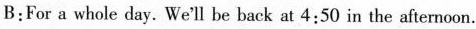
B:For a whole day. We'll be back at 4:50 in the afternoon.